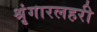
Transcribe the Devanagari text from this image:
श्रृंगारलहरी